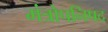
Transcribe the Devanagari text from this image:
मंत्रोपनिषद